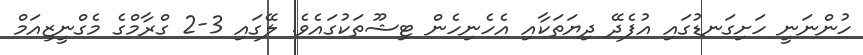
ހުންނަނީ ހަށިގަނޑުގައި އުފެދޭ ދިޔަތަކާއި އެހެނިހެން ޓިޝޫތަކުގައެވެ. ލޭގައި 3-2 ގްރާމްގެ މެގްނީޒިއަމް